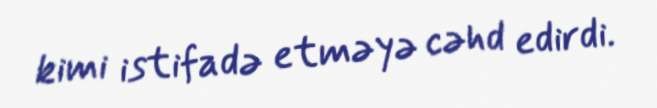
kimi istifadə etməyə cəhd edirdi.